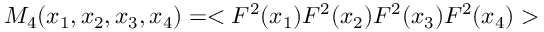
M _ { 4 } ( x _ { 1 } , x _ { 2 } , x _ { 3 } , x _ { 4 } ) = < F ^ { 2 } ( x _ { 1 } ) F ^ { 2 } ( x _ { 2 } ) F ^ { 2 } ( x _ { 3 } ) F ^ { 2 } ( x _ { 4 } ) >